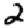
Digit: 2